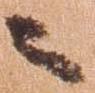
々